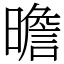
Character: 曕